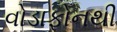
વોડાફોનથી